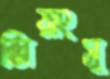
জিয়াংসু